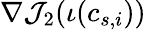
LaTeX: \nabla\mathcal{J}_{2}(\iota(c_{s,i}))